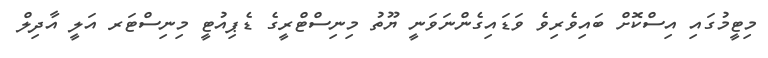
މިޓީމުގައި އިސްކޮށް ބައިވެރިވެ ވަޑައިގެންނަވަނީ ޔޫތު މިނިސްޓްރީގެ ޑެޕިއުޓީ މިނިސްޓަރ އަލީ އާދިލް